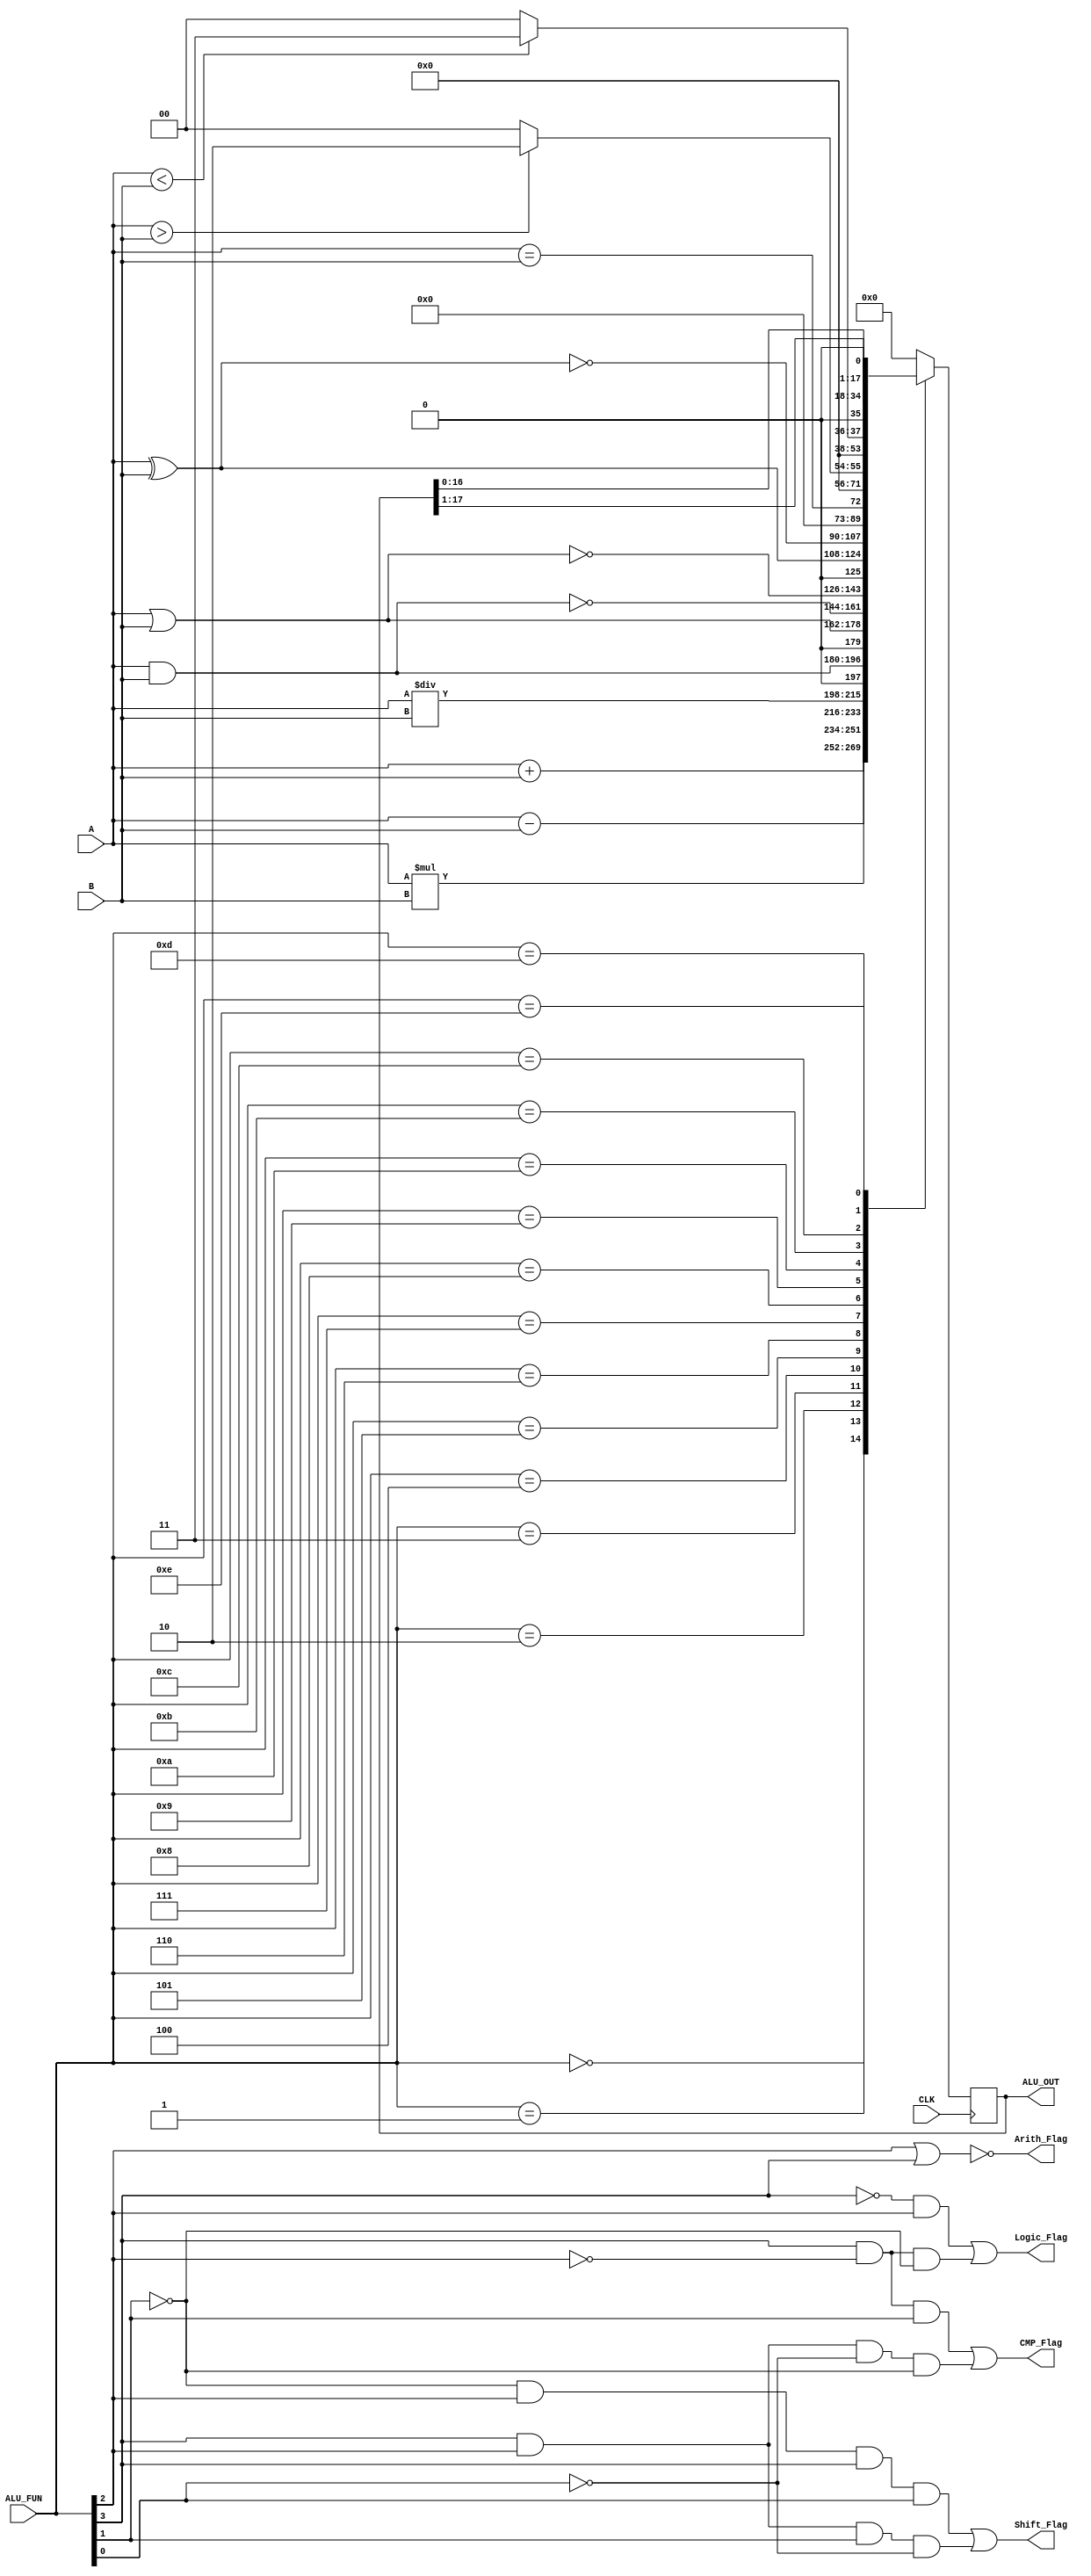
module alu #(parameter n=16)(
    input [n:0] A,B,
    input [3:0] ALU_FUN,
    input CLK,
    output reg [n+1:0] ALU_OUT,
    output reg Arith_Flag,Logic_Flag,CMP_Flag,Shift_Flag

);
    always @(posedge CLK) begin
        case (ALU_FUN)
         0: ALU_OUT <= A + B; // Arithmatic : unsigned addition
         1: ALU_OUT <= A - B; // Arithmatic : unsigned subtraction
         2: ALU_OUT <= A * B; // Arithmatic : unsigned multiplication
         3: ALU_OUT <= A / B; // Arithmatic : unsigned division
         4: ALU_OUT <= A & B; // Logic : AND
         5: ALU_OUT <= A | B; // Logic : OR
         6: ALU_OUT <= ~(A & B); // Logic : NAND
         7: ALU_OUT <= ~(A | B); // Logic : NOR
         8: ALU_OUT <= A ^ B; // Logic : XOR
         9: ALU_OUT <= ~(A ^ B); // Logic : XNOR
         10: ALU_OUT <= (A == B); // CMP
         11: ALU_OUT <= (A > B)? 2 : 0; //CMP
         12: ALU_OUT <= (A < B)? 3 : 0; //CMP
         13: ALU_OUT <= ALU_OUT >> 1 ; //shift right
         14: ALU_OUT <= ALU_OUT << 1 ; //shift lift
         default: ALU_OUT <= 0; 
        endcase
    end

    always @(*) begin
        Arith_Flag=~(ALU_FUN[2]|ALU_FUN[3]);
        Logic_Flag=(((~ALU_FUN[3])&ALU_FUN[2])|(ALU_FUN[3]&(~ALU_FUN[2])&(~ALU_FUN[1])));
        CMP_Flag=(((~ALU_FUN[2])&ALU_FUN[3]&ALU_FUN[1])|(ALU_FUN[3]&ALU_FUN[2]&(~ALU_FUN[0])&(~ALU_FUN[1])));
        Shift_Flag=(((~ALU_FUN[1])&ALU_FUN[2]&ALU_FUN[3]&ALU_FUN[0])|(ALU_FUN[3]&(ALU_FUN[2])&(ALU_FUN[1])&(~ALU_FUN[0])));
    end
    
endmodule